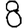
Digit: 8